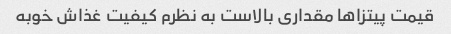
قیمت پیتزاها مقداری بالاست به نظرم کیفیت غذاش خوبه